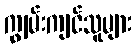
ကျွမ်းကျင်သူများ